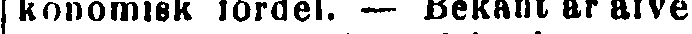
|konomisk fördel. — Bekant är äfve